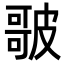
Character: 𭊣